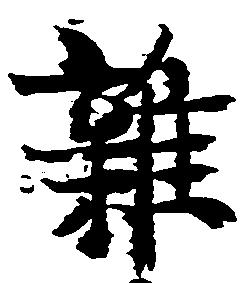
雑